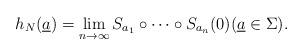
LaTeX: \begin{align*}h_N(\underline a)=\lim_{n\to\infty} S_{a_1}\circ\cdots\circ S_{a_n}(0)(\underline a \in \Sigma).\end{align*}